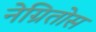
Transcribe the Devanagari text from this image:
नेग्रितोस